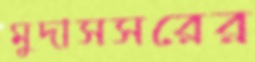
মুদাসসরের